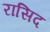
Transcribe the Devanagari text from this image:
रासिद